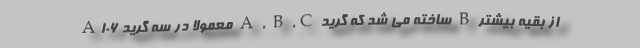
A106 معمولا در سه گرید A , B ,C ساخته می شد که گرید B از بقیه بیشتر